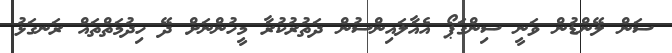
ސަން ލޭންޑުން ވަނީ ސިންގަޕޯ އެއާލައިންސުން ދަތުރުކުރާ މީހުންނަށް ދޭ ހިދުމަތްތައް ރަނގަޅު